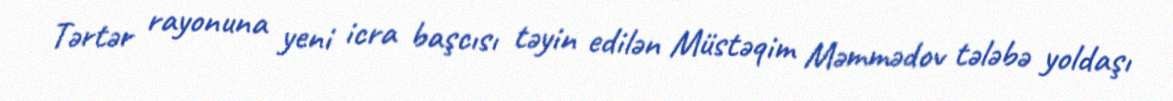
Tərtər rayonuna yeni icra başcısı təyin edilən Müstəqim Məmmədov tələbə yoldaşı